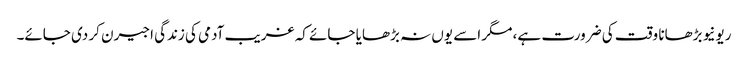
ریونیو بڑھانا وقت کی ضرورت ہے، مگر اسے یوں نہ بڑھایا جائے کہ غریب آدمی کی زندگی اجیرن کر دی جائے۔